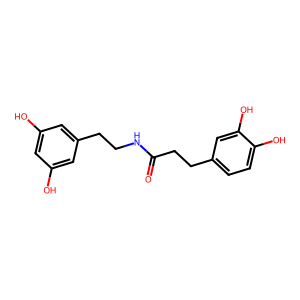
SMILES: O=C(CCc1ccc(O)c(O)c1)NCCc1cc(O)cc(O)c1
Inhibits HIV replication: No